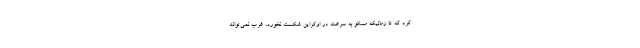
کرد که تا زمانیکه مسکو به سرعت در اوکراین شکست نخورد، غرب نمی‌تواند